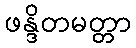
ဖန္ဒိတမတ္တာ